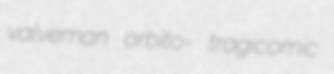
valveman orbito- tragicomic